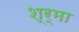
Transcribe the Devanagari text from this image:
श्र्मा